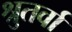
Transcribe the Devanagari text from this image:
श्रुतर्वा